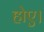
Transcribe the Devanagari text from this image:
होए।